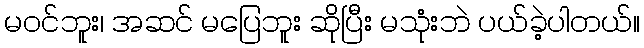
မဝင်ဘူး၊ အဆင် မပြေဘူး ဆိုပြီး မသုံးဘဲ ပယ်ခဲ့ပါတယ်။